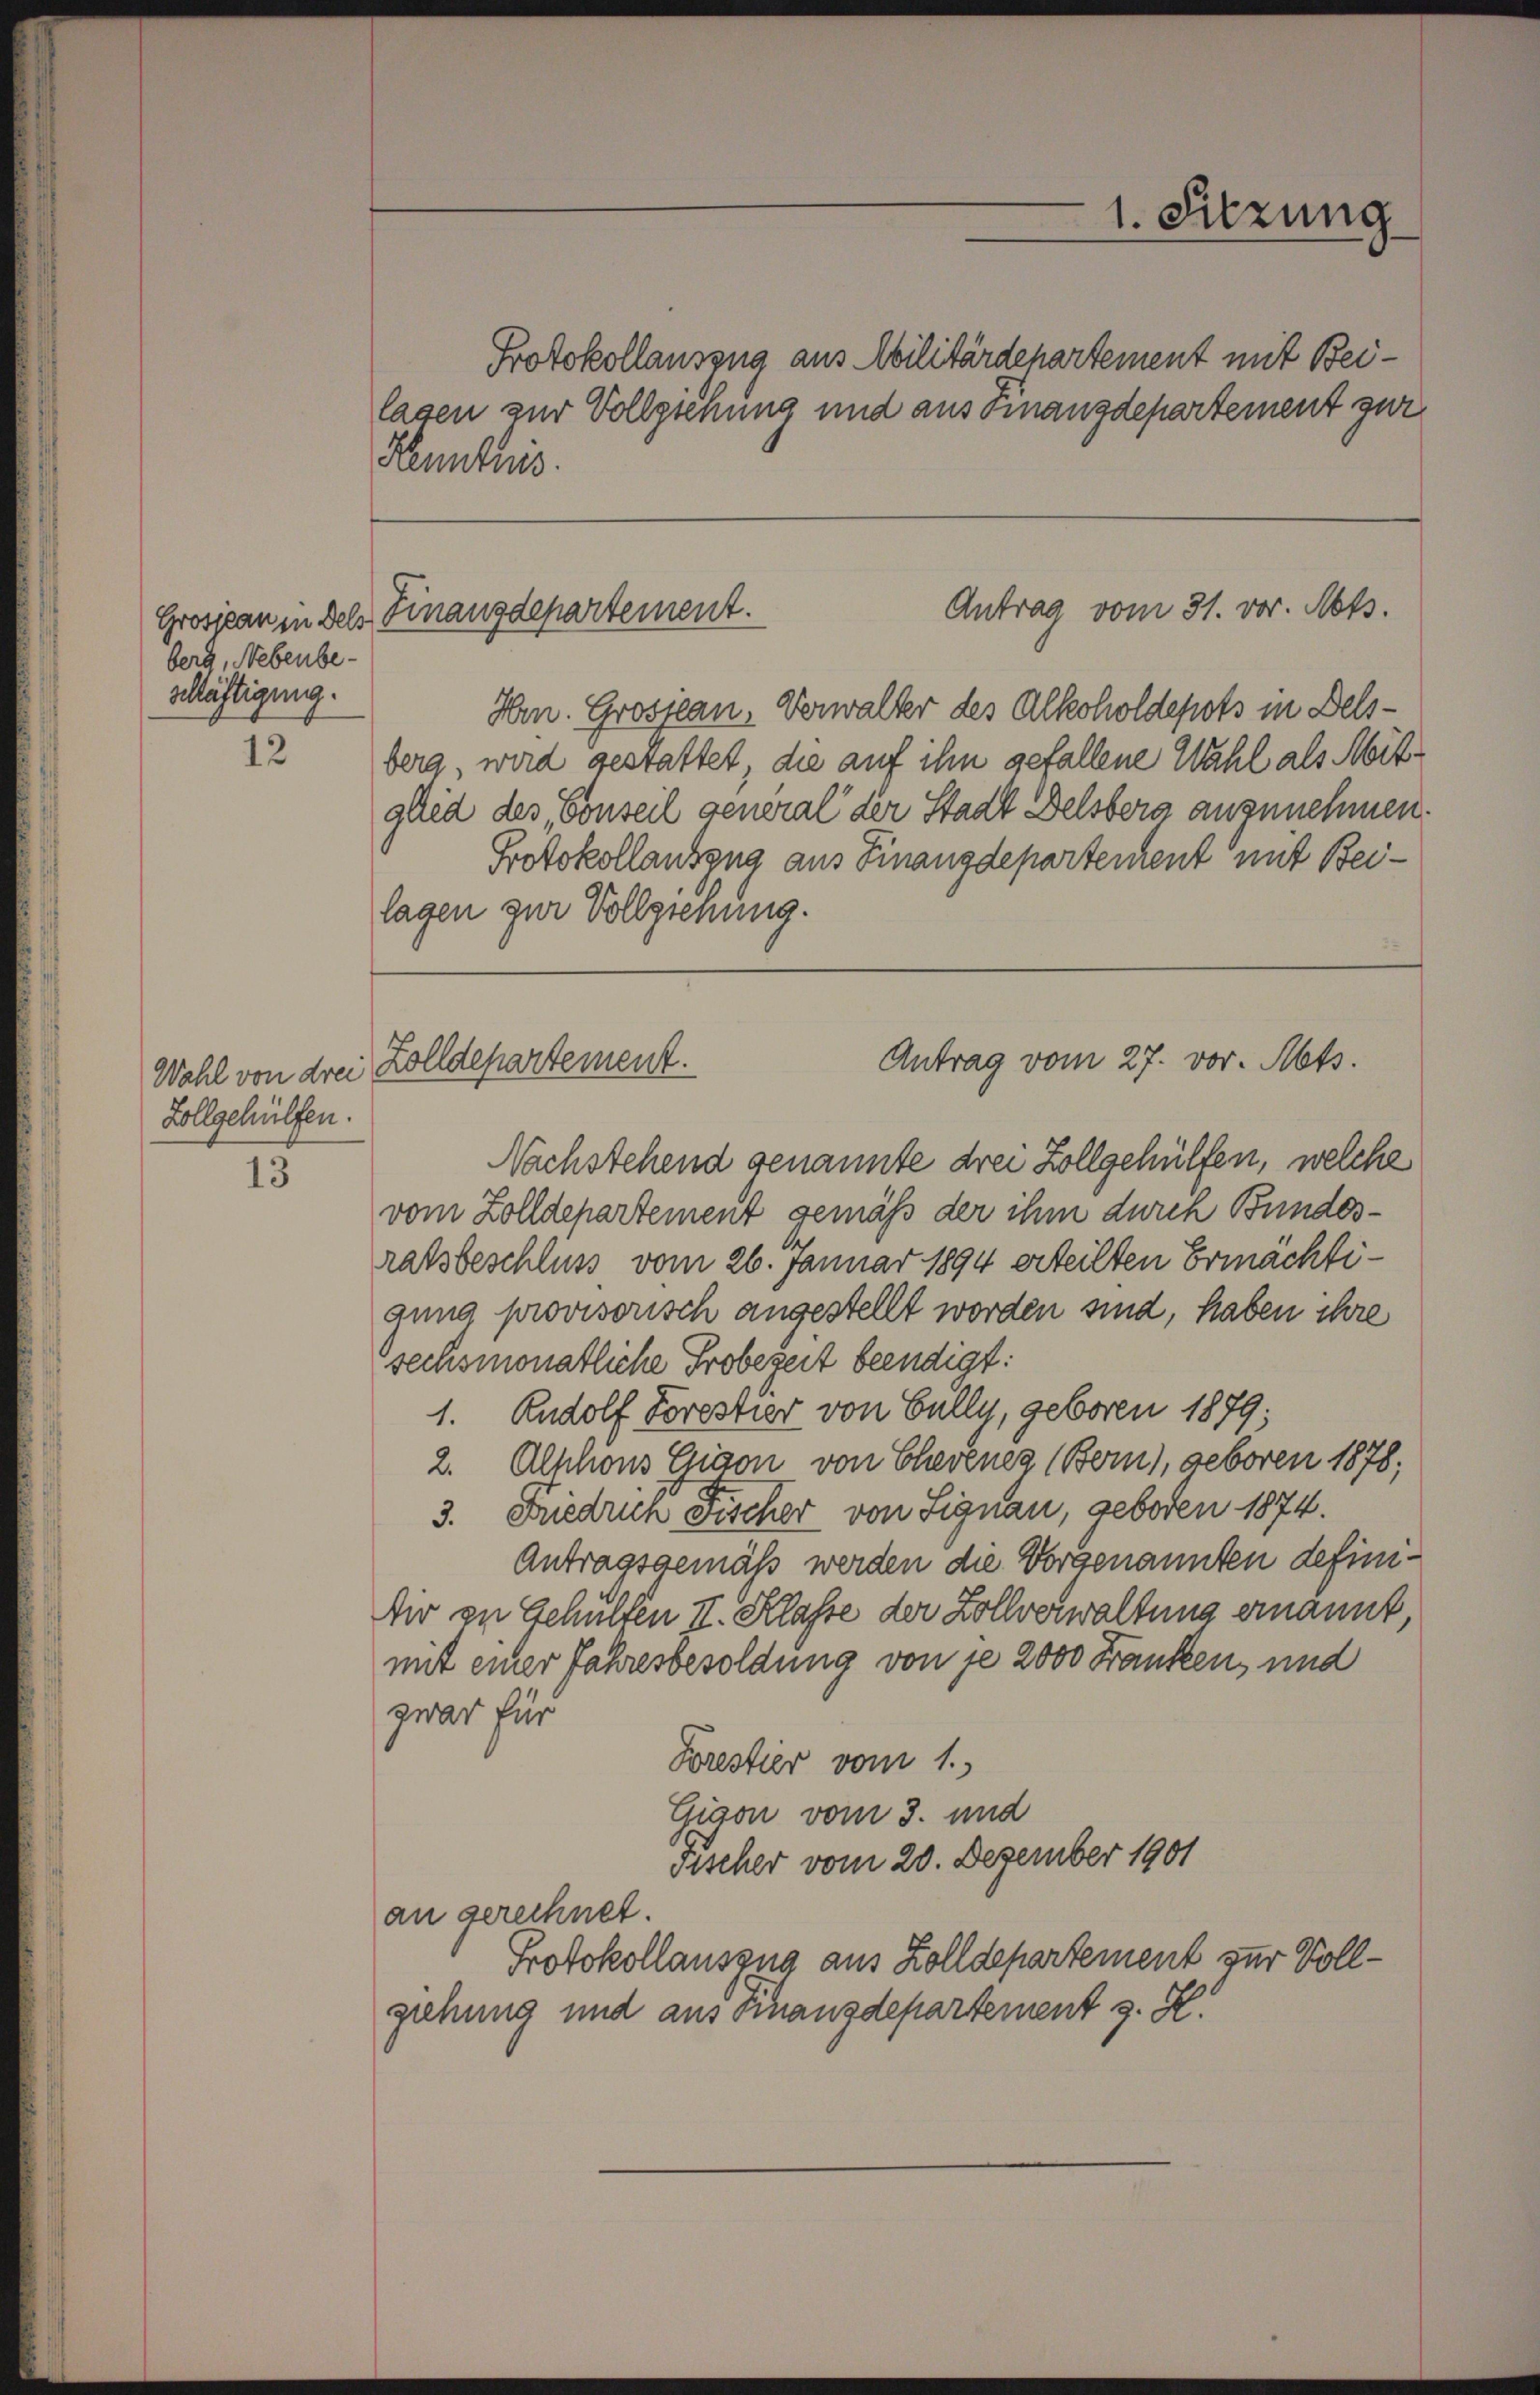
Grosseau in Dels
berg, Nebenbe-
schläftigung.

12

Zollgehülfen.

13

¬

Protokollauszug aus Militärdepartement mit Beilagen zur Vollgienung und aus Finanzdepartement zur
Kenntnis.

1. Sitzung

Antrag vom 31. vor. Mts.
Finanzdepartement.

Antrag vom 27. vor. Mts.
Wahl von drei Zolldepartement.

Hrn. Grosseau, Verwalter des Alkoholdepots in Delsberg, wird gestattet, die auf ihn gefallene Wahl als Mitglied des Conseil general der Stadt Delsberg anzunehmen.
Protokollauszug aus Finanzdepartement mit Beilagen zur Vollziehung.

Nachstehend genannte drei Zollgehülfen, welche
vom Zolldepartement gemäß der ihm durch Bundesratsbeschluss vom 26. Januar 1894 erteilten Ermächtigung provisorisch angestellt worden sind, haben ihre
sechsmonatliche Probezeit beendigt:
1. Rudolf Forestier von Gully, geboren 1879;
2. Alschons Chaon von Chevenez (Bern, geboren 1878;
3. Friedrich Fischer von Signau, geboten 1874.
Antragsgemäß werden die Vorgenannten definidir in Schulten II. Klasse der Zollverwaltung ernannt,
mit einer Jahresbesoldung von je 2000 Franken, und
zwar für
Forestier vom 1.
Gigon vom 3. und
Fischer vom 20. Dezember 1901
an gerechnet.
Protokollauszug aus Zolldepartement zur Vollgehung und aus Finanzdepartement z. K.